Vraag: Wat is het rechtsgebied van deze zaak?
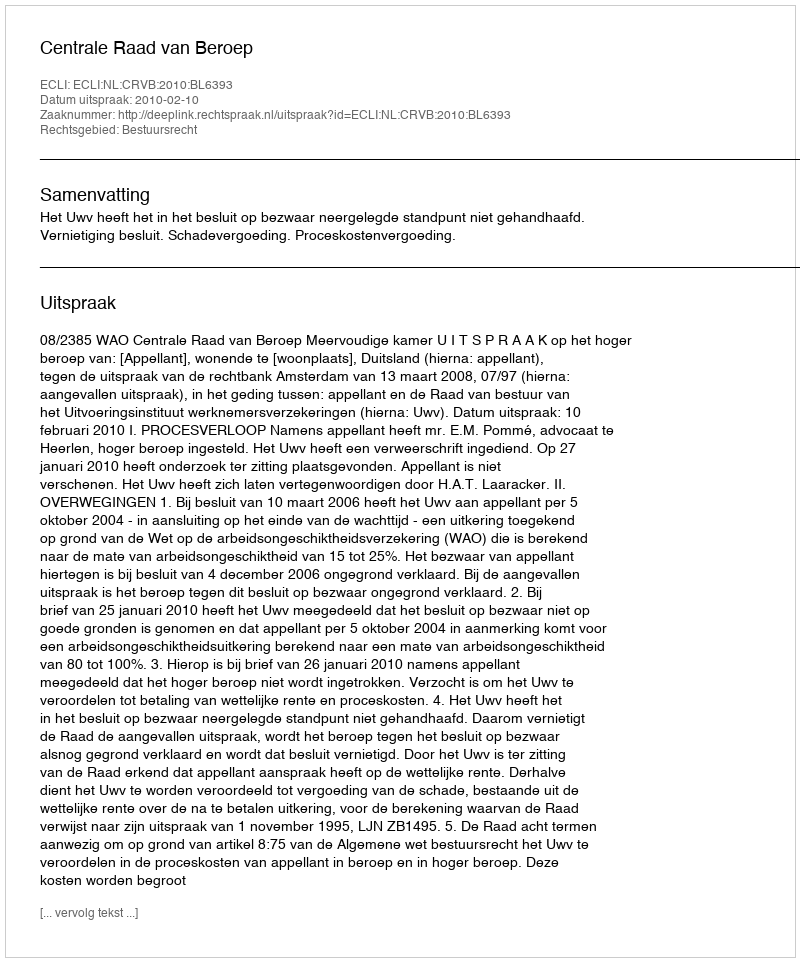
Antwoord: Bestuursrecht